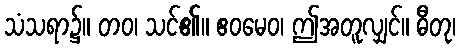
သံသရာ၌။ တဝ၊ သင်၏။ ဧဝမေဝ၊ ဤအတူလျှင်။ ဓီတု၊